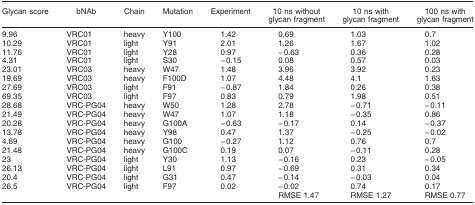
<table><thead><tr><td><b>Glycan score</b></td><td><b>bNAb</b></td><td><b>Chain</b></td><td><b>Mutation</b></td><td><b>Experiment</b></td><td><b>10 ns without glycan fragment</b></td><td><b>10 ns with glycan fragment</b></td><td><b>100 ns with glycan fragment</b></td></tr></thead><tbody><tr><td>9.96</td><td>VRC01</td><td>heavy</td><td>Y100</td><td>1.42</td><td>0.69</td><td>1.03</td><td>0.7</td></tr><tr><td>10.29</td><td>VRC01</td><td>light</td><td>Y91</td><td>2.01</td><td>1.26</td><td>1.67</td><td>1.02</td></tr><tr><td>11.76</td><td>VRC01</td><td>light</td><td>Y28</td><td>0.97</td><td>− 0.63</td><td>0.36</td><td>0.28</td></tr><tr><td>4.31</td><td>VRC01</td><td>light</td><td>S30</td><td>− 0.15</td><td>0.08</td><td>0.57</td><td>0.03</td></tr><tr><td>23.01</td><td>VRC03</td><td>heavy</td><td>W47</td><td>1.48</td><td>3.96</td><td>3.92</td><td>0.23</td></tr><tr><td>19.69</td><td>VRC03</td><td>heavy</td><td>F100D</td><td>1.07</td><td>4.48</td><td>4.1</td><td>1.63</td></tr><tr><td>27.69</td><td>VRC03</td><td>light</td><td>F91</td><td>− 0.87</td><td>1.84</td><td>0.26</td><td>0.38</td></tr><tr><td>69.35</td><td>VRC03</td><td>light</td><td>F97</td><td>0.83</td><td>0.79</td><td>1.98</td><td>0.51</td></tr><tr><td>28.68</td><td>VRC-PG04</td><td>heavy</td><td>W50</td><td>1.28</td><td>2.78</td><td>− 0.71</td><td>− 0.11</td></tr><tr><td>21.49</td><td>VRC-PG04</td><td>heavy</td><td>W47</td><td>1.07</td><td>1.18</td><td>− 0.35</td><td>0.86</td></tr><tr><td>20.28</td><td>VRC-PG04</td><td>heavy</td><td>G100A</td><td>− 0.63</td><td>− 0.17</td><td>0.14</td><td>− 0.37</td></tr><tr><td>13.78</td><td>VRC-PG04</td><td>heavy</td><td>Y98</td><td>0.47</td><td>1.37</td><td>− 0.25</td><td>− 0.02</td></tr><tr><td>4.69</td><td>VRC-PG04</td><td>heavy</td><td>G100</td><td>− 0.27</td><td>1.12</td><td>0.76</td><td>0.7</td></tr><tr><td>21.48</td><td>VRC-PG04</td><td>heavy</td><td>G100C</td><td>0.19</td><td>0.07</td><td>− 0.11</td><td>0.28</td></tr><tr><td>23</td><td>VRC-PG04</td><td>light</td><td>Y30</td><td>1.13</td><td>− 0.16</td><td>0.23</td><td>− 0.05</td></tr><tr><td>26.13</td><td>VRC-PG04</td><td>light</td><td>L91</td><td>0.97</td><td>− 0.69</td><td>0.31</td><td>0.34</td></tr><tr><td>20.4</td><td>VRC-PG04</td><td>light</td><td>G31</td><td>0.47</td><td>− 0.14</td><td>− 0.03</td><td>0.04</td></tr><tr><td>26.5</td><td>VRC-PG04</td><td>light</td><td>F97</td><td>0.02</td><td>− 0.02</td><td>0.74</td><td>0.17</td></tr><tr><td></td><td></td><td></td><td></td><td></td><td>RMSE 1.47</td><td>RMSE 1.27</td><td>RMSE 0.77</td></tr></tbody></table>